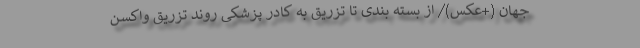
جهان (+عکس)/ از بسته ‌بندی تا تزریق به کادر پزشکی روند تزریق واکسن